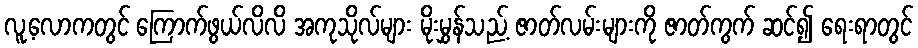
လူ့လောကတွင် ကြောက်ဖွယ်လိလိ အကုသိုလ်များ မိုးမွှန်သည့် ဇာတ်လမ်းများကို ဇာတ်ကွက် ဆင်၍ ရေးရာတွင်